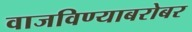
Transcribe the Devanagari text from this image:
वाजविण्याबरोबर